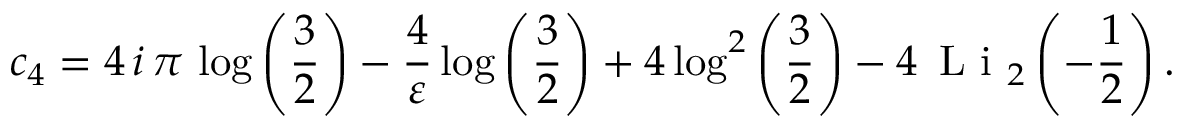
c _ { 4 } = 4 \, i \, \pi \, \log \left( \frac { 3 } { 2 } \right) - \frac { 4 } { \varepsilon } \log \left( \frac { 3 } { 2 } \right) + 4 \log ^ { 2 } \left( \frac { 3 } { 2 } \right) - 4 \, \textup { L i } _ { 2 } \left( - \frac { 1 } { 2 } \right) .